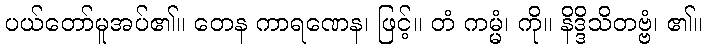
ပယ်တော်မူအပ်၏။ တေန ကာရဏေန၊ ဖြင့်။ တံ ကမ္မံ၊ ကို။ နိဒ္ဒိသိတဗ္ဗံ၊ ၏။